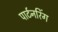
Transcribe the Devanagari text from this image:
पार्टनरिंग